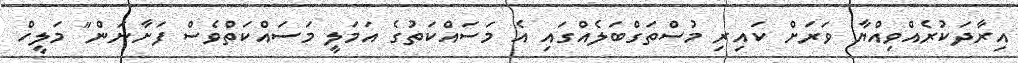
އިރާދަކުރެއްވިއްޔާ ވަރަށް ކައިރި މުސްތަގްބަލެއްގައި އެ މަސައްކަތުގެ އަމަލީ މަސައްކަތްވެސް ފަށާނަން" މަލީހް